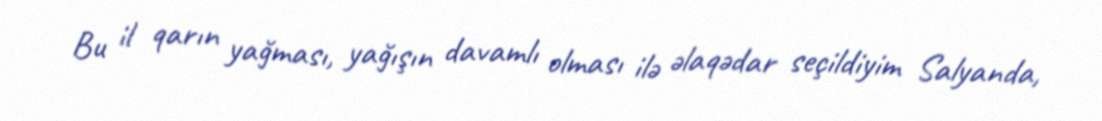
Bu il qarın yağması, yağışın davamlı olması ilə əlaqədar seçildiyim Salyanda,